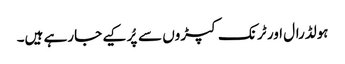
ہولڈرال اور ٹرنک کپڑوں سے پُر کیے جارہے ہیں۔